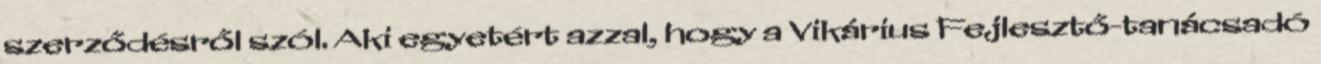
szerződésről szól. Aki egyetért azzal, hogy a Vikárius Fejlesztő-tanácsadó